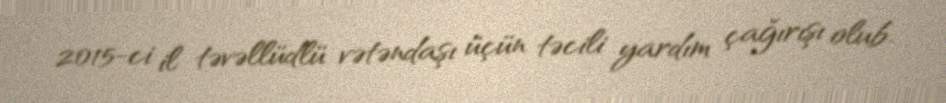
2015-ci il təvəllüdlü vətəndaşı üçün təcili yardım çağırışı olub.